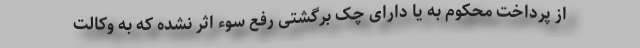
از پرداخت محکوم به یا دارای چک برگشتی رفع سوء اثر نشده که به وکالت